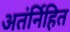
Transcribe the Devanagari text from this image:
अतंर्निहित